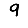
Digit: 9